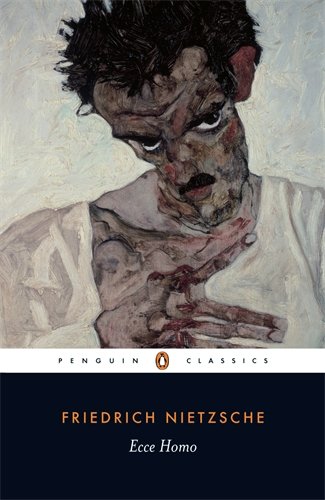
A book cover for Ecce Homo: How One Becomes What One Is; Revised Edition (Penguin Classics); Friedrich Nietzsche; Biographies & Memoirs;